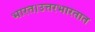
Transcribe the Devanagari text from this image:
भारत।उत्तरभारतात